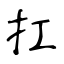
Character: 扛